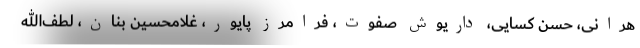
هرانی، حسن کسایی، داریوش صفوت، فرامرز پایور، غلامحسین بنان، لطف‌الله